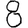
Digit: 8